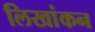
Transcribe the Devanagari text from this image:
लिखांकन